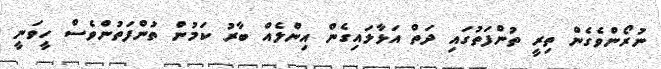
ނުރޯންވެގެން ތިރީ ތުންފަތުގައި ދަތް އަޅާލައިގެން އިންލެއް ބާރު ކަމުން ތުންފަތުންވެސް ހީވަނީ